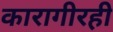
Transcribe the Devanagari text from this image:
कारागीरही